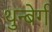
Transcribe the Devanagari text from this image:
थुन्बेर्ग